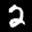
Label: 2